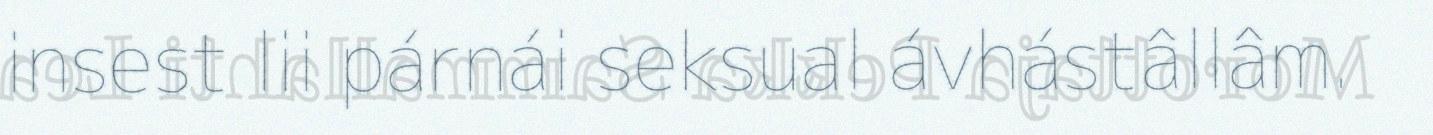
insest lii párnái seksual ávhástâllâm.